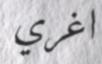
اغري